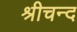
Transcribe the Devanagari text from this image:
श्रीचन्द